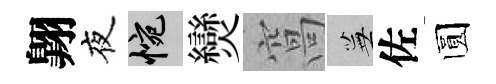
翺夜惋𤓖窩蕪佐圆